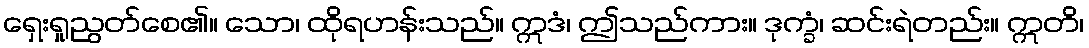
ရှေးရှုညွတ်စေ၏။ သော၊ ထိုရဟန်းသည်။ ဣဒံ၊ ဤသည်ကား။ ဒုက္ခံ၊ ဆင်းရဲတည်း။ ဣတိ၊